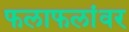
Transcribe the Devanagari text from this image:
फलाफलांवर